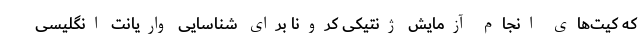
که کیت‌های انجام آزمایش ژنتیکی کرونا برای شناسایی واریانت انگلیسی